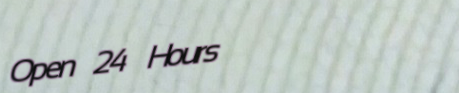
Open 24 Hours